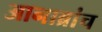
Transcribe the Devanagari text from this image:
आनाब्रांच